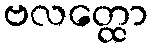
ဗလတ္ထော